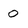
Character: 0